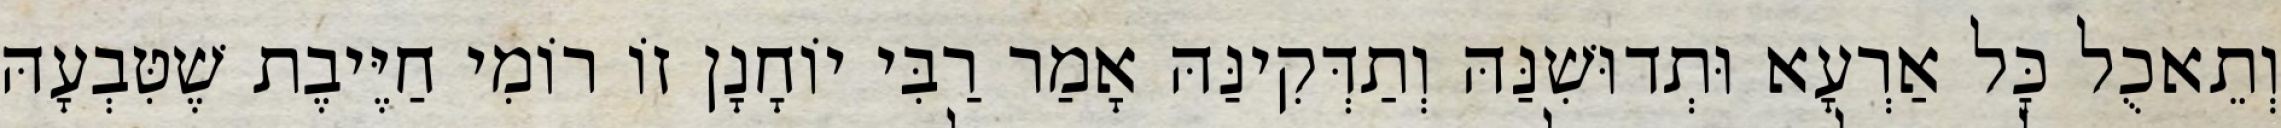
וְתֵאכֻל כׇּל אַרְעָא וּתְדוּשִׁנַּהּ וְתַדְּקִינַּהּ אָמַר רַבִּי יוֹחָנָן זוֹ רוֹמִי חַיֶּיבֶת שֶׁטִּבְעָהּ